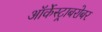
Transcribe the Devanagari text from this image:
ऑर्केस्ट्राबरोबर